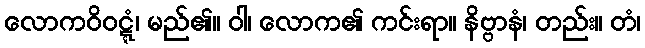
လောကဝိဝဋ္ဋံ၊ မည်၏။ ဝါ၊ လောက၏ ကင်းရာ။ နိဗ္ဗာနံ၊ တည်း။ တံ၊